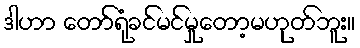
ဒါဟာ တော်ရုံခင်မင်မှုတော့မဟုတ်ဘူး။